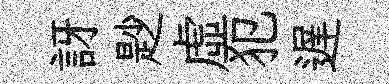
訝尟虛犯遅